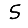
Digit: 5